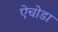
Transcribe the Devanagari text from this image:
ऐचोडा